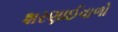
શરણાઈવાળો